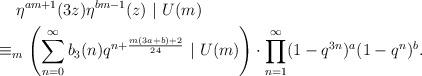
LaTeX: \begin{align*} \begin{aligned} &\ \ \ \ \eta^{am+1}(3z)\eta^{bm-1}(z)\ |\ U(m)\\ &\equiv_m\left(\sum_{n=0}^\infty b_3(n)q^{n+\frac{m(3a+b)+2}{24}}\ |\ U(m)\right)\cdot\prod_{n=1}^\infty(1-q^{3n})^a(1-q^{n})^b. \end{aligned}\end{align*}